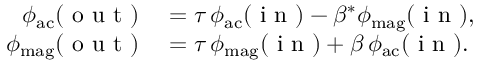
\begin{array} { r l } { \phi _ { \mathrm { a c } } ( \mathrm { ~ o ~ u ~ t ~ } ) } & { { } = \tau \, \phi _ { \mathrm { a c } } ( \mathrm { ~ i ~ n ~ } ) - \beta ^ { * } \phi _ { \mathrm { m a g } } ( \mathrm { ~ i ~ n ~ } ) , } \\ { \phi _ { \mathrm { m a g } } ( \mathrm { ~ o ~ u ~ t ~ } ) } & { { } = \tau \, \phi _ { \mathrm { m a g } } ( \mathrm { ~ i ~ n ~ } ) + \beta \, \phi _ { \mathrm { a c } } ( \mathrm { ~ i ~ n ~ } ) . } \end{array}